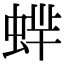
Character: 蝆